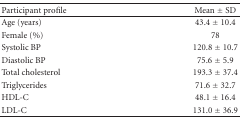
| Participant profile | Mean ± SD |
 | --- | --- |
 | Age (years) | 43.4 ± 10.4 |
 | Female (%) | 78 |
 | Systolic BP | 120.8 ± 10.7 |
 | Diastolic BP | 75.6 ± 5.9 |
 | Total cholesterol | 193.3 ± 37.4 |
 | Triglycerides | 71.6 ± 32.7 |
 | HDL-C | 48.1 ± 16.4 |
 | LDL-C | 131.0 ± 36.9 |